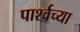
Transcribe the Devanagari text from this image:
पार्श्वच्या